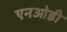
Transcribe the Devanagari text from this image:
एनओडी